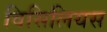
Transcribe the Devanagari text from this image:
विसिलियस